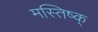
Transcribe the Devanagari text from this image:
मस्तिष्क्